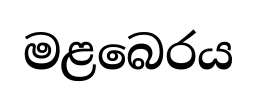
මළබෙරය